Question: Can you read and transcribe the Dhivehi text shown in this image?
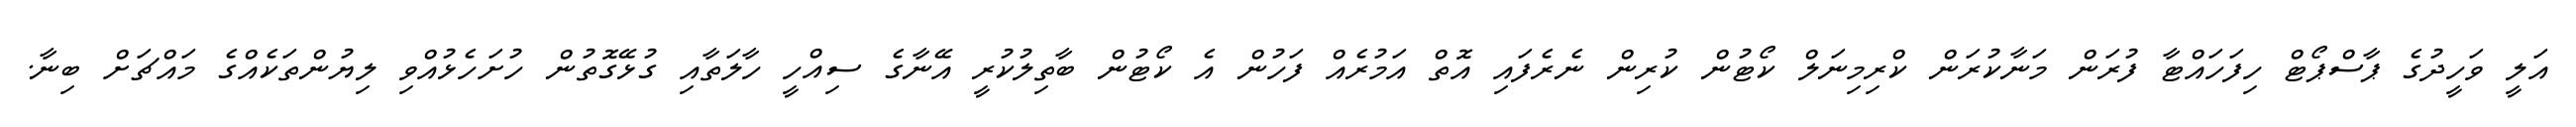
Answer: އަލީ ވަހީދުގެ ޕާސްޕޯޓް ހިފަހައްޓާ ފުރަން މަނާކުރަން ކްރިމިނަލް ކޯޓުން ކުރިން ނެރެފައި އޮތް އަމުރެއް ފަހުން އެ ކޯޓުން ބާތިލުކުރީ އޭނާގެ ސިއްހީ ހާލަތާއި ގުޅޭގޮތުން ހުށަހެޅުއްވި ލިޔުންތަކެއްގެ މައްޗަށް ބިނާ.